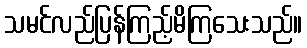
သမင်လည်ပြန်ကြည့်မိကြသေးသည်။